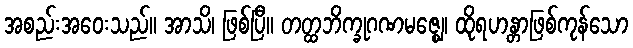
အစည်းအဝေးသည်။ အာသိ၊ ဖြစ်ပြီ။ တတ္ထဘိက္ခုဂဏမဇ္ဈေ၊ ထိုရဟန္တာဖြစ်ကုန်သော